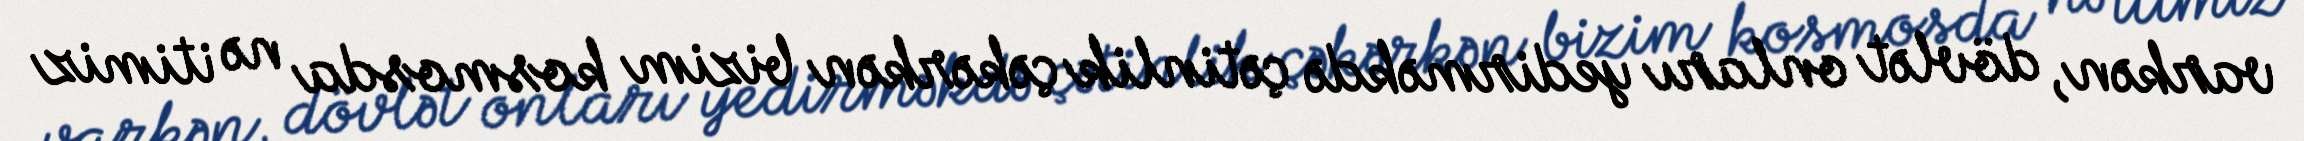
varkən, dövlət onları yedirməkdə çətinlik çəkərkən bizim kosmosda nə itimiz